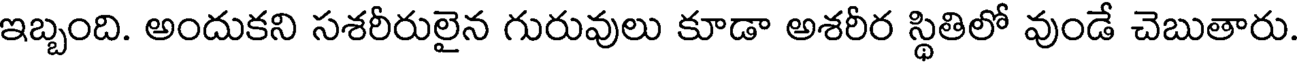
ఇబ్బంది. అందుకని సశరీరులైన గురువులు కూడా అశరీర స్థితిలో వుండే చెబుతారు.